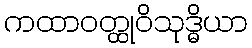
ကထာဝတ္ထုဝိသုဒ္ဓိယာ